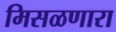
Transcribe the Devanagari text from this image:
मिसळणारा